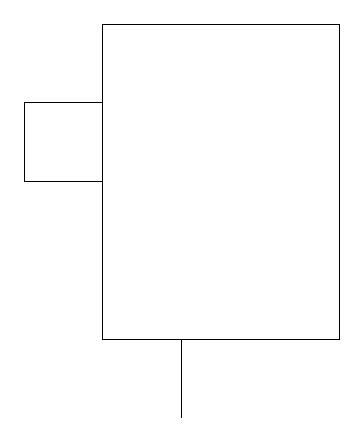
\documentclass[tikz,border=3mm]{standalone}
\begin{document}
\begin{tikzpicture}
\draw (2,16) rectangle (3,15);
\draw (3,17) rectangle (6,13);
\draw (4,13) rectangle (4,12);
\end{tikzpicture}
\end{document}